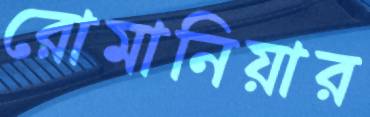
রোমানিয়ার